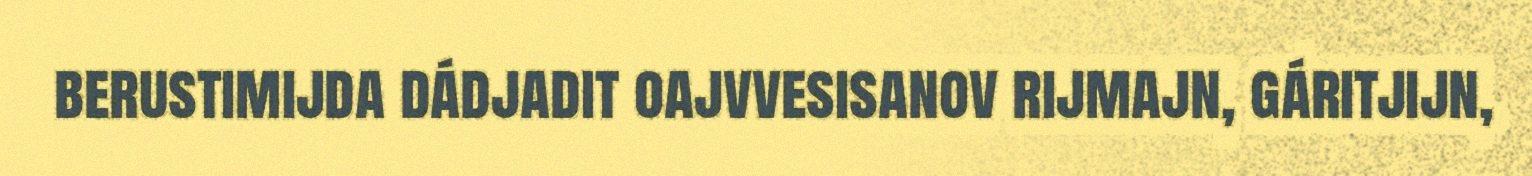
berustimijda dádjadit oajvvesisanov rijmajn, gáritjijn,